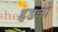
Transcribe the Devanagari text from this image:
हडको